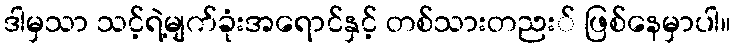
ဒါမှသာ သင့်ရဲ့မျက်ခုံးအရောင်နှင့် တစ်သားတညး် ဖြစ်နေမှာပါ။